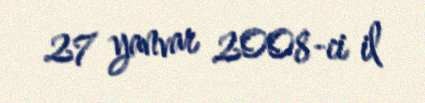
27 yanvar 2008-ci il